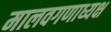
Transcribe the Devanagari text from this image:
मालवगणाध्यक्ष